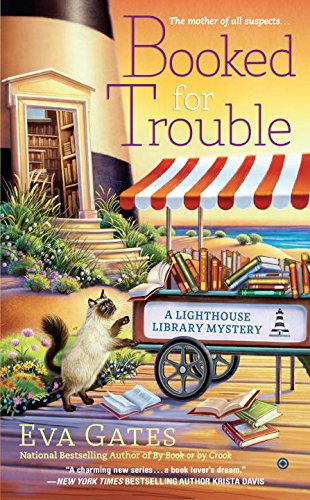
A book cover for Booked for Trouble: A Lighthouse Library Mystery; Eva Gates; Mystery, Thriller & Suspense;